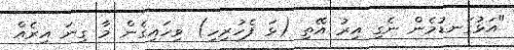
"އަޅުގަނޑުމެން ނެގި އިރު އޭތި (ޅަ ފެހުރިހި) ވިހައިގެން މާ ގިނަ އިރެއް